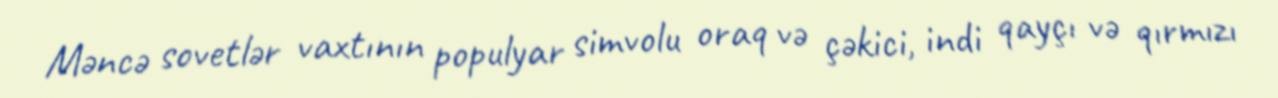
Məncə sovetlər vaxtının populyar simvolu oraq və çəkici, indi qayçı və qırmızı